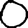
Digit: 0